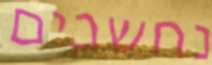
נחשבים